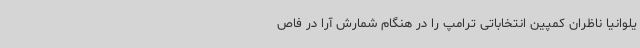
یلوانیا ناظران کمپین انتخاباتی ترامپ را در هنگام شمارش آرا در فاص